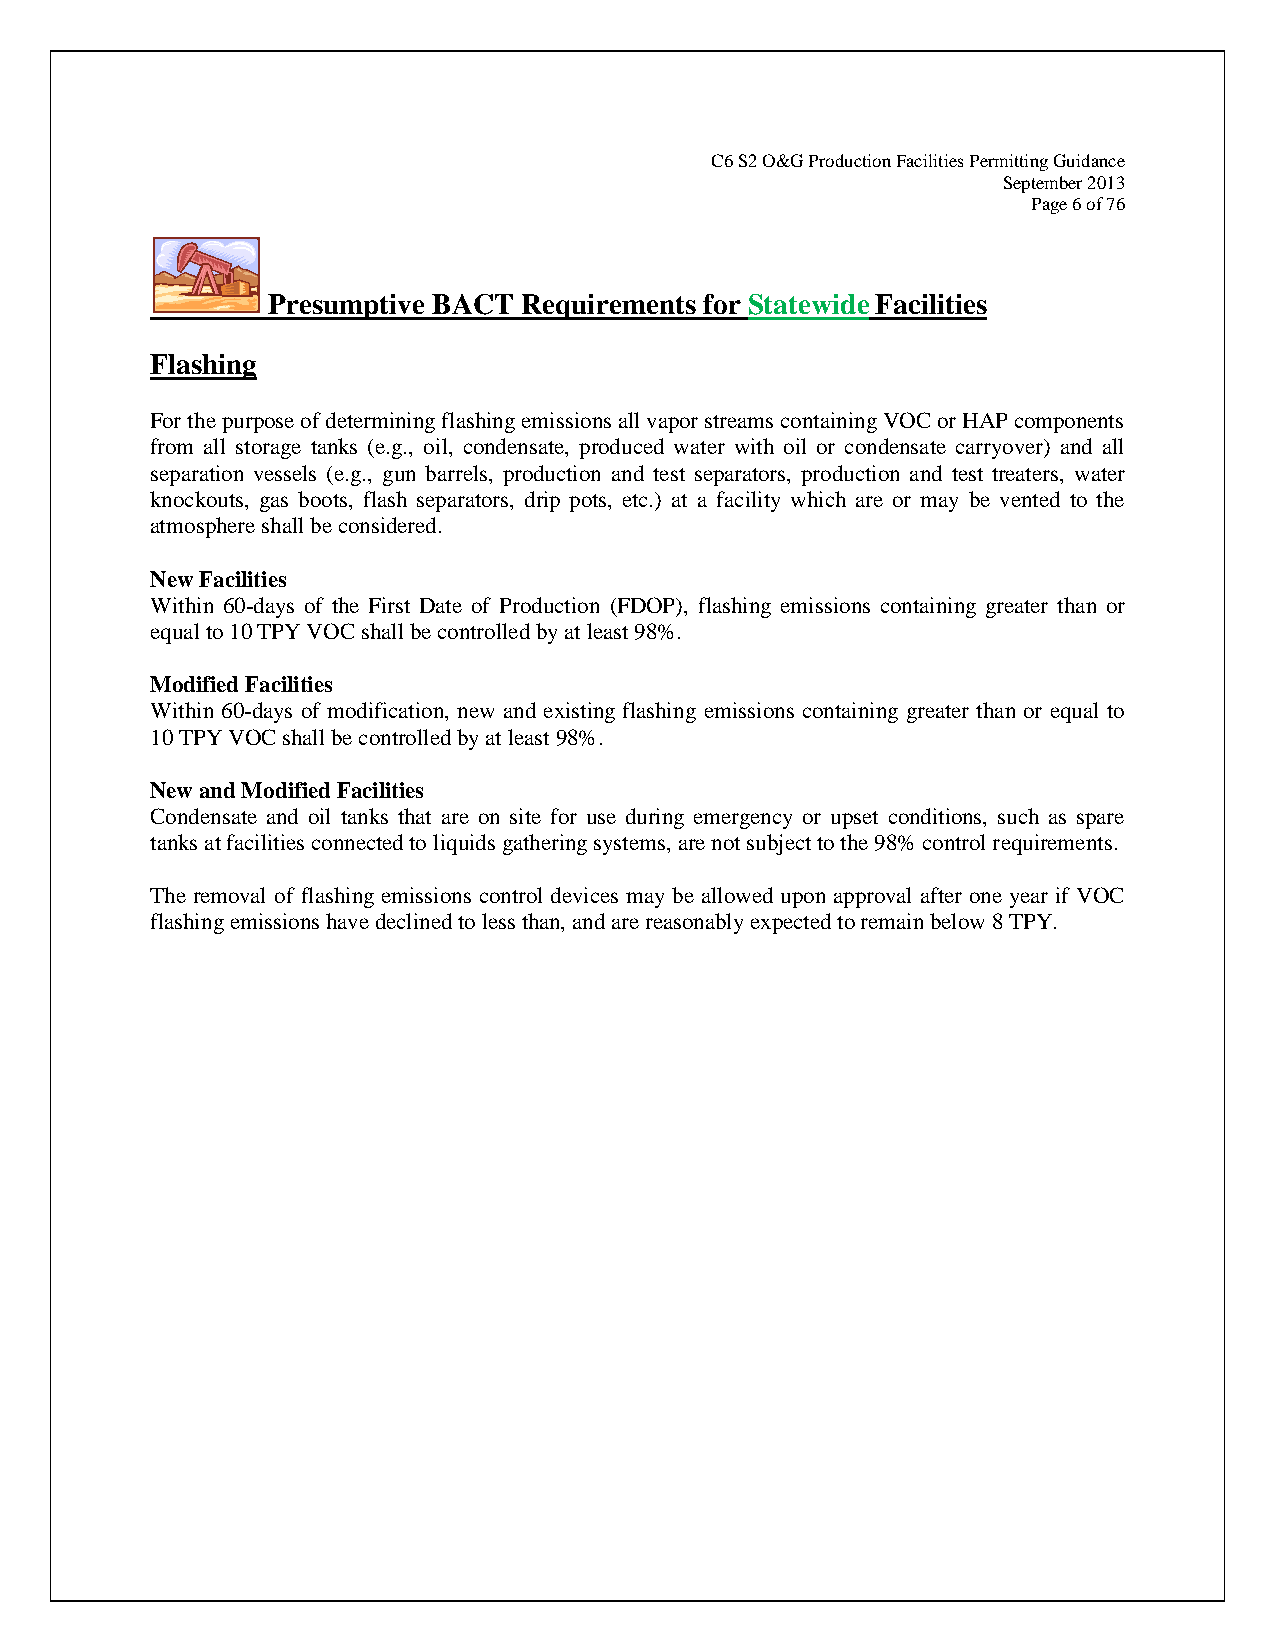
C6 S2 O&G Production Facilities Permitting Guidance
 September 2013
 Page 6 of 76
 Presumptive BACT Requirements for Statewide Facilities
 Flashing
 For the purpose of determining flashing emissions all vapor streams containing VOC or HAP components
 from all storage tanks (e.g., oil, condensate, produced water with oil or condensate carryover) and all
 separation vessels (e.g., gun barrels, production and test separators, production and test treaters, water
 knockouts, gas boots, flash separators, drip pots, etc.) at a facility which are or may be vented to the
 atmosphere shall be considered.
 New Facilities
 Within 60-days of the First Date of Production (FDOP), flashing emissions containing greater than or
 equal to 10 TPY VOC shall be controlled by at least 98%.
 Modified Facilities
 Within 60-days of modification, new and existing flashing emissions containing greater than or equal to
 10 TPY VOC shall be controlled by at least 98%.
 New and Modified Facilities
 Condensate and oil tanks that are on site for use during emergency or upset conditions, such as spare
 tanks at facilities connected to liquids gathering systems, are not subject to the 98% control requirements.
 The removal of flashing emissions control devices may be allowed upon approval after one year if VOC
 flashing emissions have declined to less than, and are reasonably expected to remain below 8 TPY.